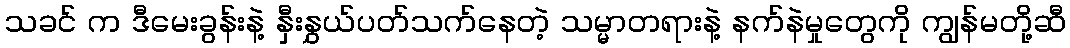
သခင် က ဒီမေးခွန်းနဲ့ နှီးနွှယ်ပတ်သက်နေတဲ့ သမ္မာတရားနဲ့ နက်နဲမှုတွေကို ကျွန်မတို့ဆီ